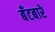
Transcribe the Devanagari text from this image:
बँटबारे